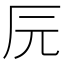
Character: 𰆖